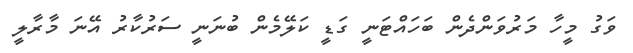
ވަގު މީހާ މަރުވަންދެން ބަހައްޓަނީ ގަޑީ ކަލޭމެން ބުނަނީ ސަރުކާރު އޭނަ މާރާލީ